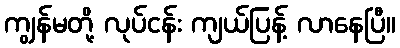
ကျွန်မတို့ လုပ်ငန်း ကျယ်ပြန့် လာနေပြီ။